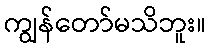
ကျွန်တော်မသိဘူး။